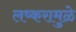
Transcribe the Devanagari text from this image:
लष्करामुळे